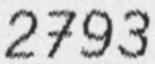
2793